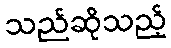
သည်ဆိုသည့်